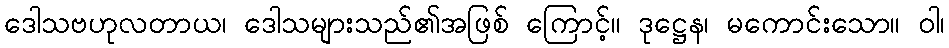
ဒေါသဗဟုလတာယ၊ ဒေါသများသည်၏အဖြစ် ကြောင့်။ ဒုဋ္ဌေန၊ မကောင်းသော။ ဝါ၊